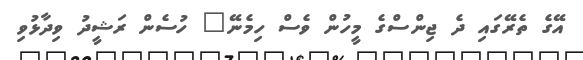
އޭގެ ތެރޭގައި ދެ ޖިންސްގެ މީހުން ވެސް ހިމެނޭ" ހުސެން ރަޝީދު ވިދާޅުވި